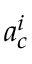
a _ { c } ^ { i }